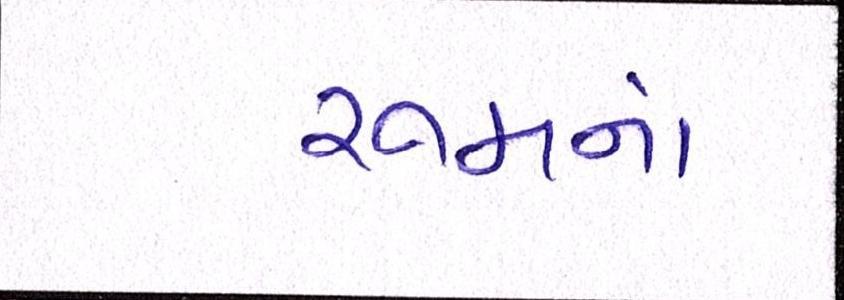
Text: રૂમનાં